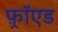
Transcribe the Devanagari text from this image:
फ़्रॉएड